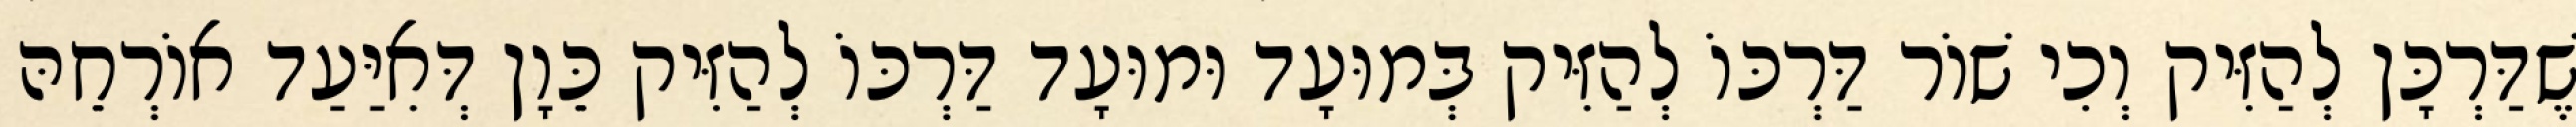
שֶׁדַּרְכָּן לְהַזִּיק וְכִי שׁוֹר דַּרְכּוֹ לְהַזִּיק בְּמוּעָד וּמוּעָד דַּרְכּוֹ לְהַזִּיק כֵּוָן דְּאִיַּעַד אוֹרְחֵהּ